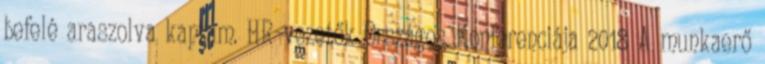
befelé araszolva kaptam. HR-vezetők Országos Konferenciája 2018 A munkaerő